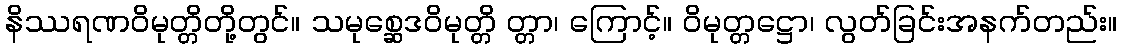
နိဿရဏဝိမုတ္တိတို့တွင်။ သမုစ္ဆေဒဝိမုတ္တိ တ္တာ၊ ကြောင့်။ ဝိမုတ္တဋ္ဌော၊ လွတ်ခြင်းအနက်တည်း။